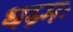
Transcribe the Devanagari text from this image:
धम्र्मः